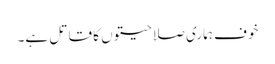
خوف ہماری صلاحیتوں کا قاتل ہے۔